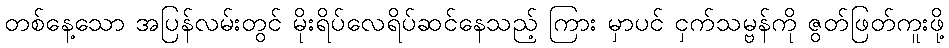
တစ်နေ့သော အပြန်လမ်းတွင် မိုးရိပ်လေရိပ်ဆင်နေသည့် ကြား မှာပင် ငှက်သမ္ဗန်ကို ဇွတ်ဖြတ်ကူးဖို့